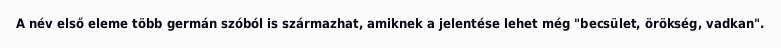
A név első eleme több germán szóból is származhat, amiknek a jelentése lehet még "becsület, örökség, vadkan".